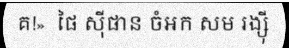
គ!»  ផៃ ស៊ីផាន ចំអក សម រង្ស៊ី